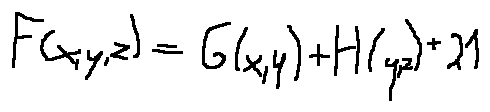
F ( x , y , z ) = G ( x , y ) + H ( y , z ) + 2 1